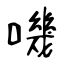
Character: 嘰